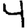
Digit: 4